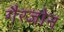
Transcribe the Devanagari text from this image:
गैरजोन